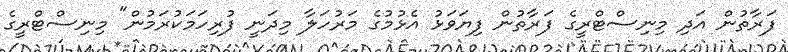
ފަރާތުން އަދި މިނިސްޓްރީގެ ފަރާތުން ފިޔަވަޅު އެޅުމުގެ މަރުހަލާ މިދަނީ ފުރިހަމަކުރަމުން" މިނިސްޓްރީގެ